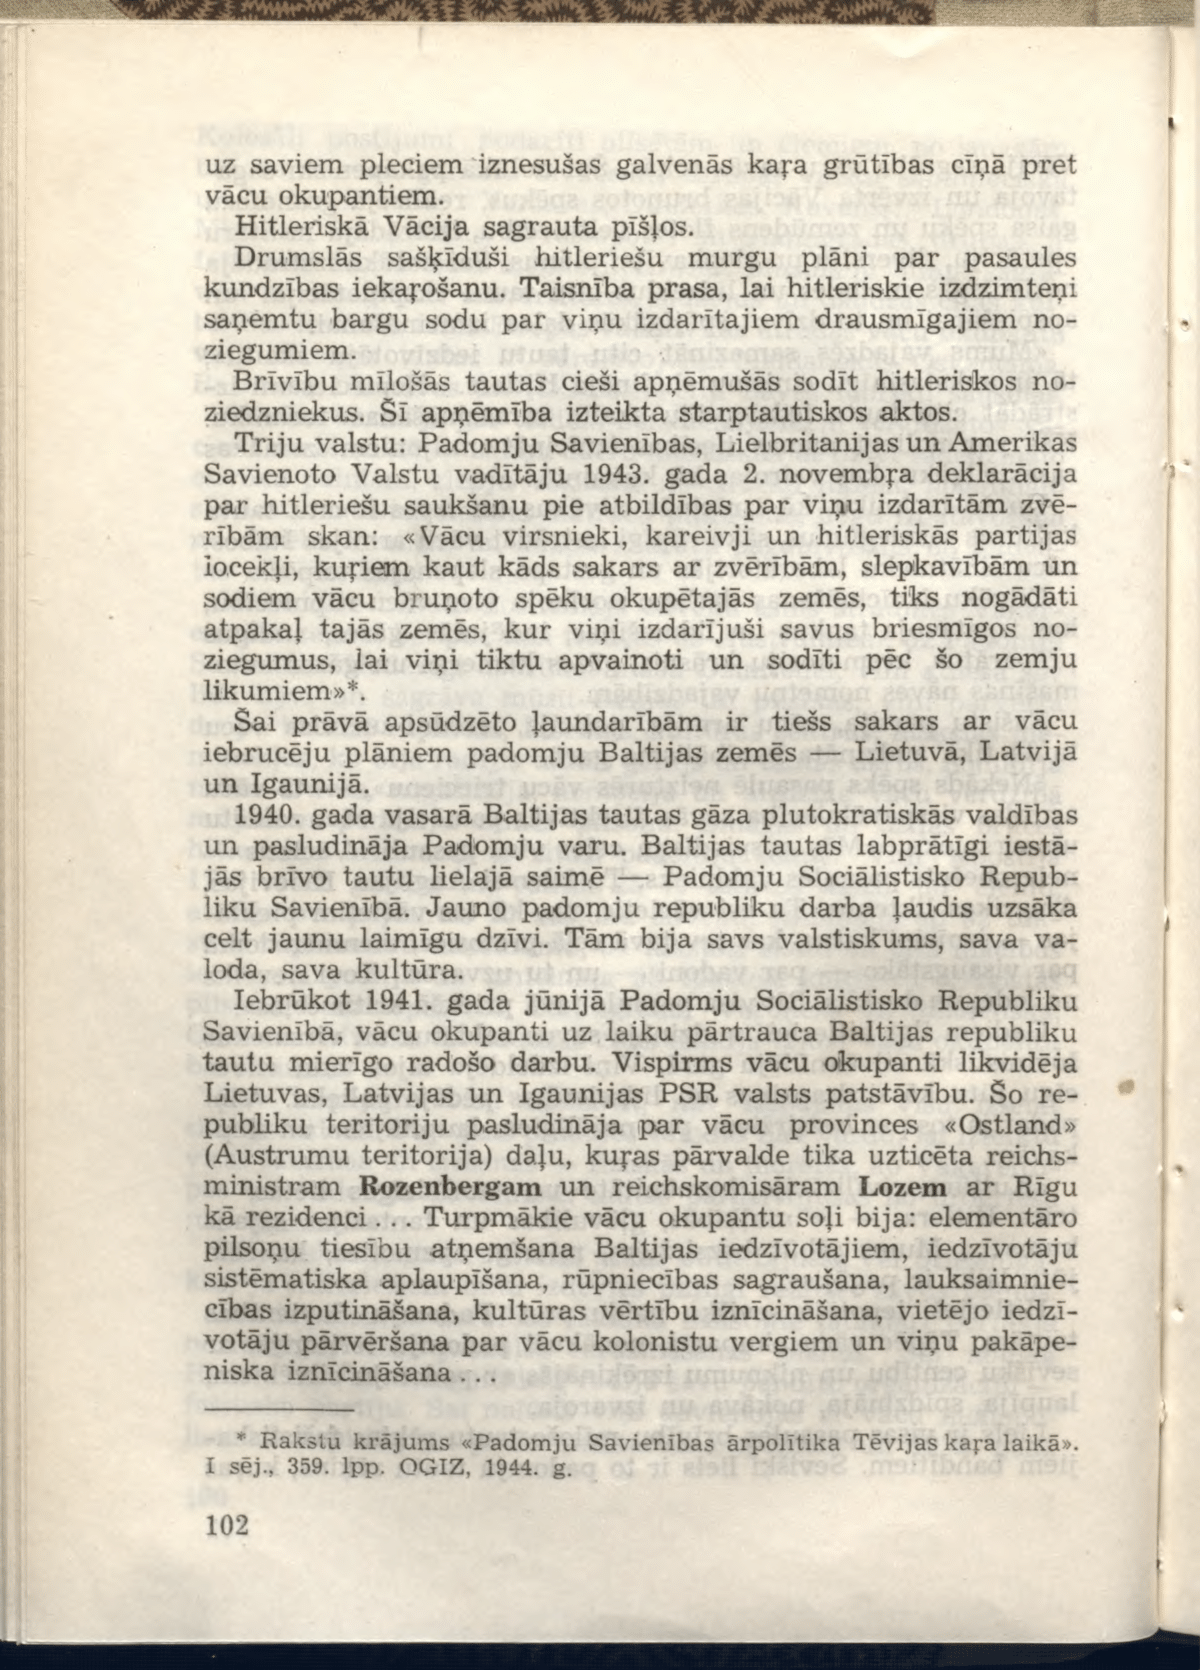
Language: lv